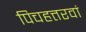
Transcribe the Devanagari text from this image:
पिचहत्तरवां